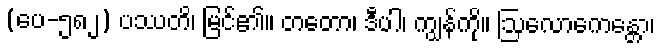
(ပေ-၅၈၂) ပဿတိ၊ မြင်၏။ တတော၊ ဒီပါ၊ ကျွန်ကို။ ဩလောကေန္တော၊